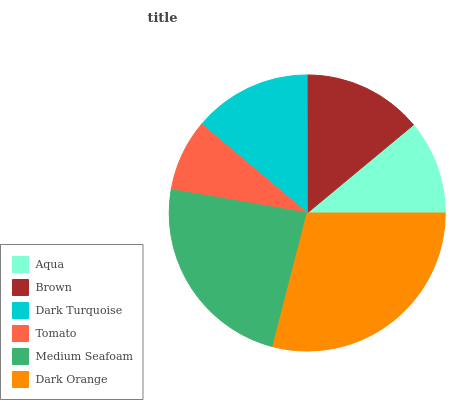
| Aqua | Brown | Dark Turquoise | Tomato | Medium Seafoam | Dark Orange |
 | --- | --- | --- | --- | --- | --- |
 | 11% | 14% | 13.8% | 8.42% | 23.7% | 29% |